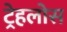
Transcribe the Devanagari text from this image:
ट्रेहलोस